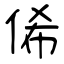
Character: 俙